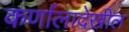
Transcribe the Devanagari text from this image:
कर्णालादेखील